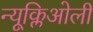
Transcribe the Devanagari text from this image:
न्यूक्लिओली